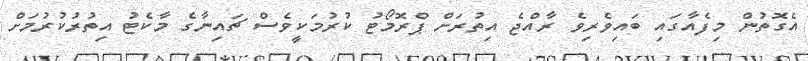
އެގޮތުން މިފެއާގައި ބައިވެރިވެ ރާއްޖެ އިތުރަށް ޕްރޮމޯޓު ކުރުމަކީވެސް ޗައިނާގެ މާކެޓު އިތުރުކުރުމަށް